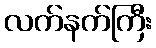
လက်နက်ကြီး